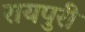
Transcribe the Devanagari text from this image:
रायपुरी